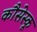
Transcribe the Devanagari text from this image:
कौसेस्कू